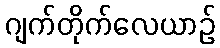
ဂျက်တိုက်လေယာဉ်